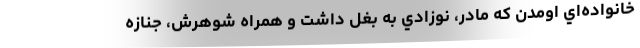
خانواده‌اي اومدن كه مادر، نوزادي به بغل داشت و همراه شوهرش، جنازه